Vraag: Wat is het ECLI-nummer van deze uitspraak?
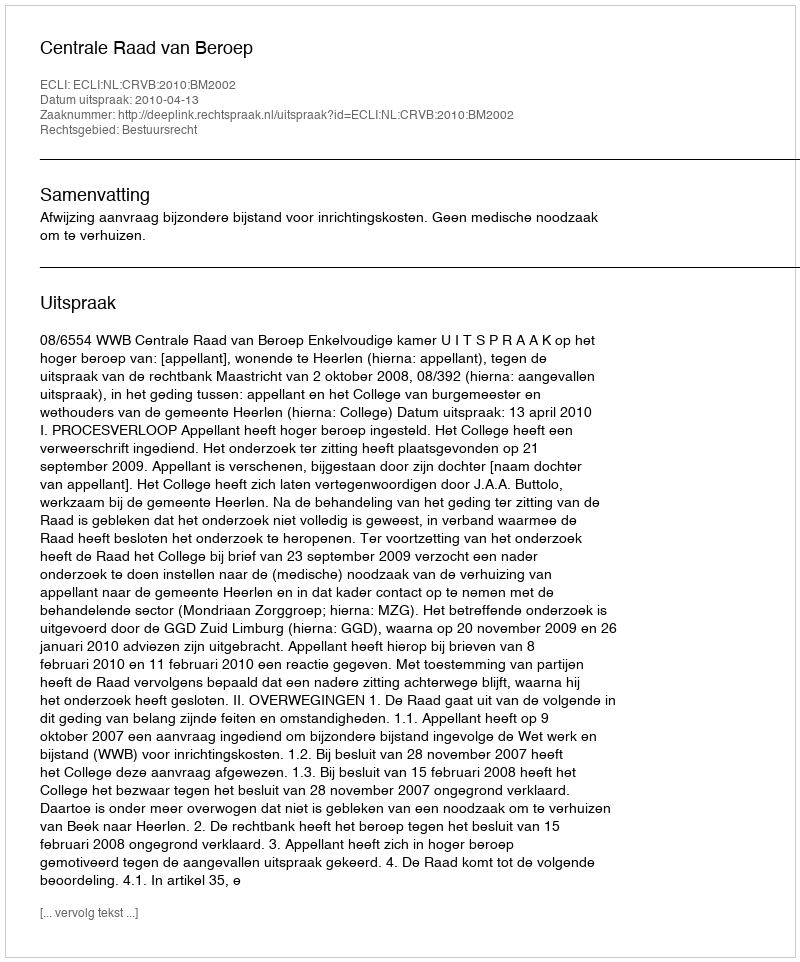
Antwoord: ECLI:NL:CRVB:2010:BM2002